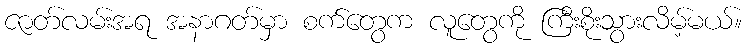
ဇာတ်လမ်းအရ အနာဂတ်မှာ စက်တွေက လူတွေကို ကြီးစိုးသွားလိမ့်မယ်။